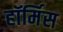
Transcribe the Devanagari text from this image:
हॉर्मिस